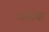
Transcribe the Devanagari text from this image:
अनाचा